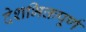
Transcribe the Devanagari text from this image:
देशभिक्तपूर्ण